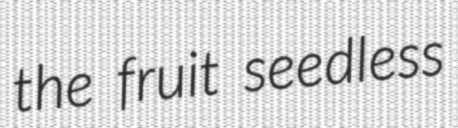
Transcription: the fruit seedless